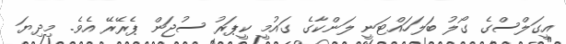
އީގަލްސްގެ ގޯލު ބަލަހައްޓަނީ ލަންކާގެ ގައުމީ ކީޕަރު ސުޖަން ޕެރޭރޭ އެވެ. މިދިޔަ